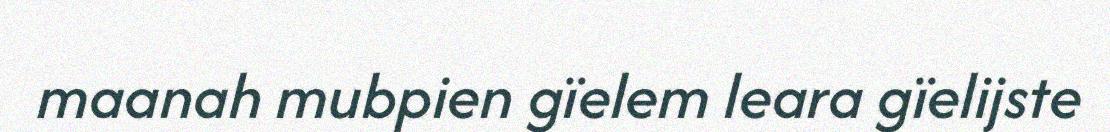
maanah mubpien gïelem leara gïelijste